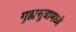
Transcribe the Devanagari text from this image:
गुह्यसुत्रामध्ये